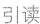
引读